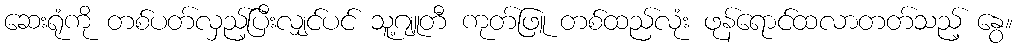
ဆေးရုံကို တစ်ပတ်လှည့်ပြီးလျှင်ပင် သူ့ဂျူတီ ကုတ်ဖြူ တစ်ထည်လုံး ဖုန်ရောင်ထလာတတ်သည့် နွေ။